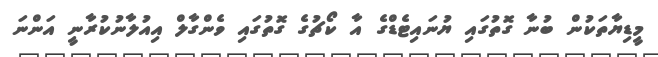
މީޑިޔާތަކުން ބުނާ ގޮތުގައި ޔުނައިޓެޑްގެ އާ ކޯޗުގެ ގޮތުގައި ވެންގާލް އިއުލާނުކުރާނީ އަންނަ